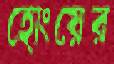
হোংয়ের